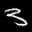
Label: 3